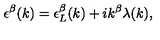
\epsilon ^ { \beta } ( k ) = \epsilon _ { L } ^ { \beta } ( k ) + i k ^ { \beta } \lambda ( k ) ,